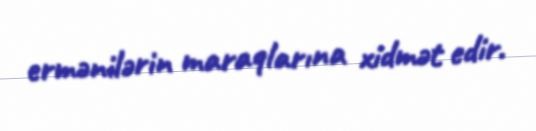
ermənilərin maraqlarına xidmət edir.